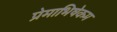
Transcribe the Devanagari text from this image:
प्रेमाभिषेकम